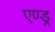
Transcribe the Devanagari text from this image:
एण्ड्र